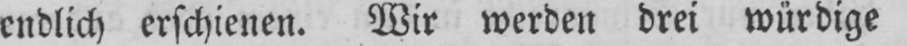
endlich erschienen. Wir werden drei würdige